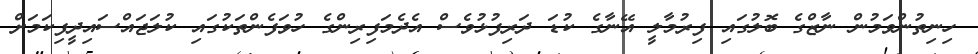
ހިނިތުންވަމުން ނާޒްގެ ބޮލުގައި ފިރުމާލީ އޭނާގެ ކުޑަ ދަރިފުޅުވެސް އެދެމަފިރިންގެ ހުވަފެންތަކުގައި ކުލަޖައްސައިދީފިކަމަށް